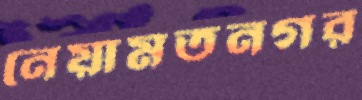
নেয়ামতনগর